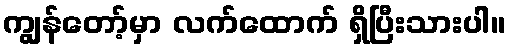
ကျွန်တော့်မှာ လက်ထောက် ရှိပြီးသားပါ။